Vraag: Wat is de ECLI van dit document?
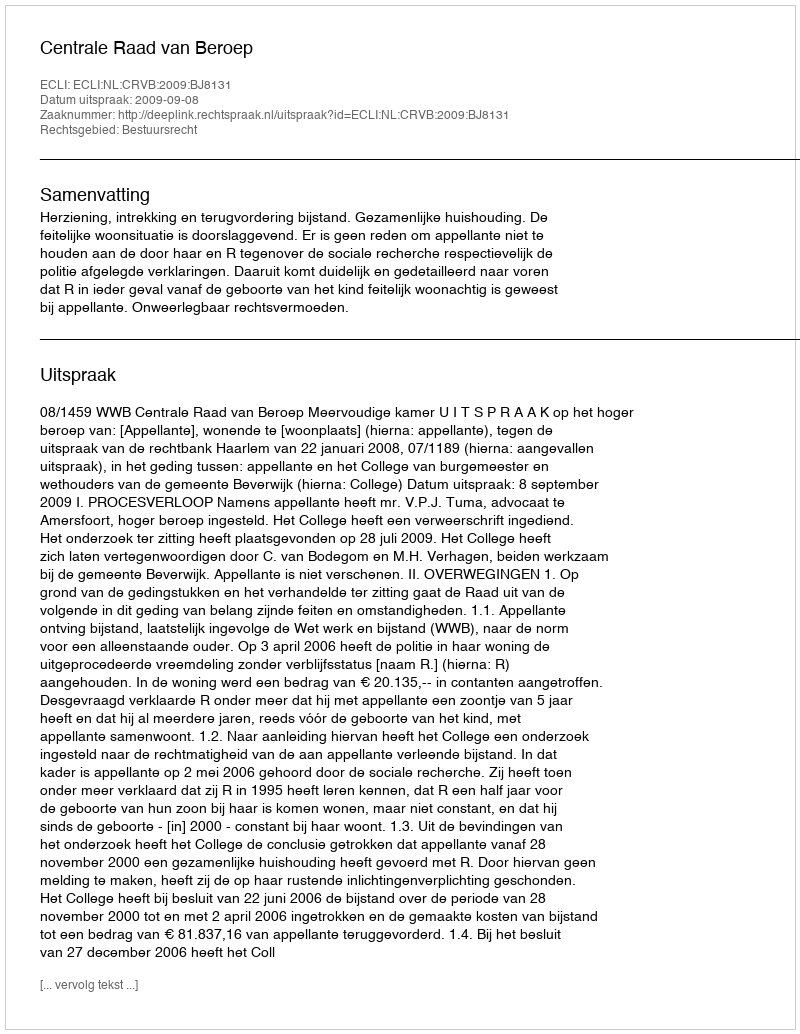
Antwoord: ECLI:NL:CRVB:2009:BJ8131